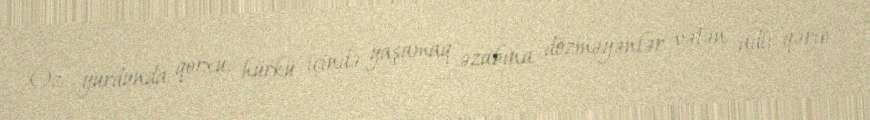
Öz yurdunda qorxu, hürkü içində yaşamaq əzabına dözməyənlər vətən adlı qərib